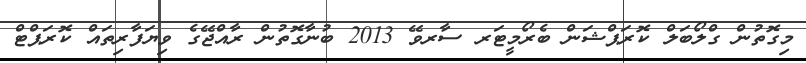
މިގޮތުން ގްލޯބަލް ކޮރަޕްޝަން ބެރޯމީޓަރ ސާރވޭ 2013 ބުނާގޮތުން ރާއްޖޭގެ ވިޔަފާރިތައް ކޮރަޕްޓް